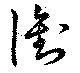
衝